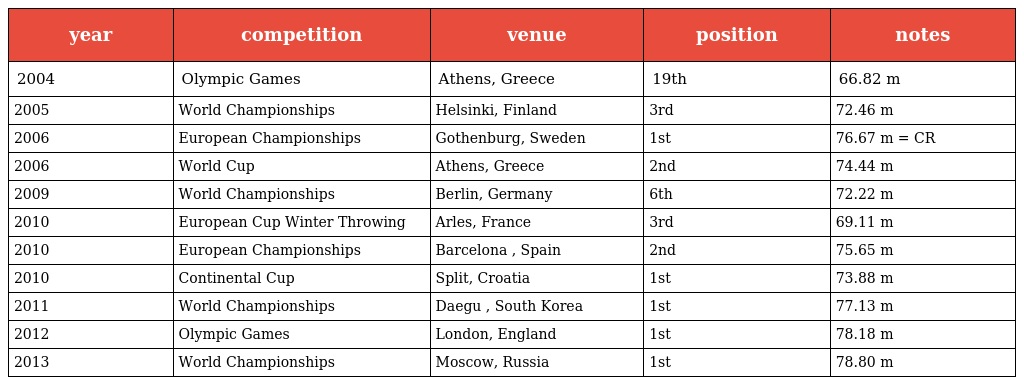
| year | competition | venue | position | notes |
 | --- | --- | --- | --- | --- |
 | 2004 | Olympic Games | Athens, Greece | 19th | 66.82 m |
 | 2005 | World Championships | Helsinki, Finland | 3rd | 72.46 m |
 | 2006 | European Championships | Gothenburg, Sweden | 1st | 76.67 m = CR |
 | 2006 | World Cup | Athens, Greece | 2nd | 74.44 m |
 | 2009 | World Championships | Berlin, Germany | 6th | 72.22 m |
 | 2010 | European Cup Winter Throwing | Arles, France | 3rd | 69.11 m |
 | 2010 | European Championships | Barcelona , Spain | 2nd | 75.65 m |
 | 2010 | Continental Cup | Split, Croatia | 1st | 73.88 m |
 | 2011 | World Championships | Daegu , South Korea | 1st | 77.13 m |
 | 2012 | Olympic Games | London, England | 1st | 78.18 m |
 | 2013 | World Championships | Moscow, Russia | 1st | 78.80 m |